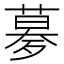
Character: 㱳